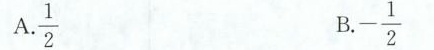
A. \frac{1}{2} B. - \frac{1}{2}